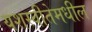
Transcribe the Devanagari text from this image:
यशस्वीतेमधील